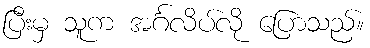
ပြီးမှ သူက အင်္ဂလိပ်လို ပြောသည်။